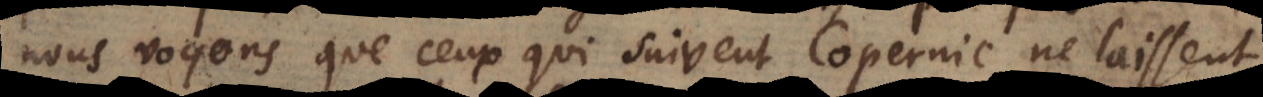
nous voyons que ceux qui suivent Copernic ne laissent